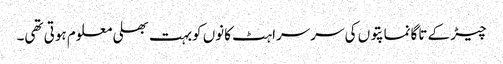
چیڑ کے تاگانماپتوں کی سرسراہٹ کانوں کوبہت بھلی معلوم ہوتی تھی۔